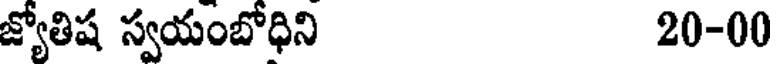
జ్యోతిష స్వయంబోధిని 20-00